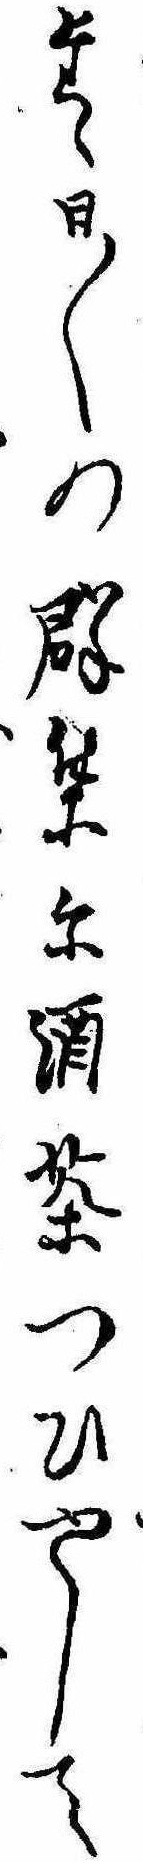
たゝ日〱の群集に酒茶つひやして